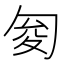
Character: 𠣟